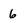
Character: 6